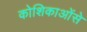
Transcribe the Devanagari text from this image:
कोशिकाओंसे